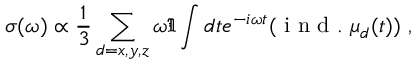
\sigma ( \omega ) \propto \frac { 1 } { 3 } \sum _ { d = x , y , z } \omega \Im \int d t e ^ { - i \omega t } ( \mathrm { ~ i ~ n ~ d ~ . ~ } \mu _ { d } ( t ) ) ~ ,